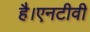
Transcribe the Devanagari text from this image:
है।एनटीवी